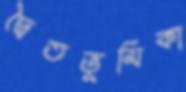
দ্বৈতভূমিকা